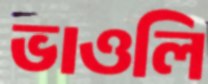
ভাওলি